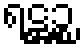
ရဋ္ဌဉ္စ